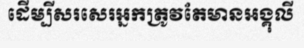
ដើម្បីសរសេរអ្នកត្រូវតែមានអង្គុលី